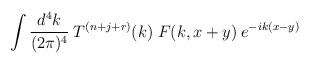
\begin{align*}\int \frac{d^4k}{(2 \pi)^4} \:T^{(n+j+r)}(k) \; F(k, x+y)\:e^{-ik(x-y)} \end{align*}